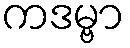
ကဒမ္ဗာ